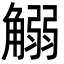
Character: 䚥